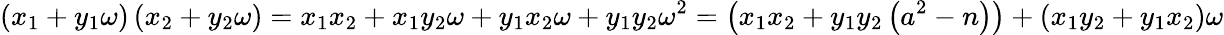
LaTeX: \left(x_{1}+y_{1}\omega\right)\left(x_{2}+y_{2}\omega\right)=x_{1}x_{2}+x_{1}y_{2}\omega+y_{1}x_{2}\omega+y_{1}y_{2}\omega^{2}=\left(x_{1}x_{2}+y_{1}y_{2}\left(a^{2}-n\right)\right)+\left(x_{1}y_{2}+y_{1}x_{2}\right)\omega